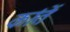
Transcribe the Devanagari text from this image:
कांतें